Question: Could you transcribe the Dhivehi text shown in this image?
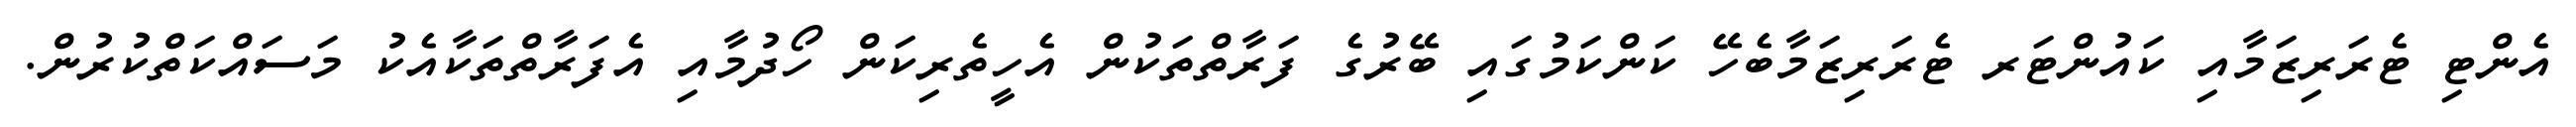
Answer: އެންޓި ޓެރަރިޒަމާއި ކައުންޓަރ ޓެރަރިޒަމާބެހޭ ކަންކަމުގައި ބޭރުގެ ފަރާތްތަކުން އެހީތެރިކަން ހޯދުމާއި އެފަރާތްތަކާއެކު މަސައްކަތްކުރުން.